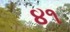
૪૧